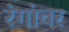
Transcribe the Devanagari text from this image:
रंगांवर